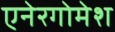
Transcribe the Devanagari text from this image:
एनेरगोमेश